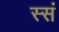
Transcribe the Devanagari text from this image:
स्सं